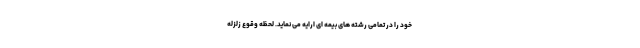
خود‌ را در تمامی رشته های بیمه ای ارایه می نماید. لحظه وقوع زلزله